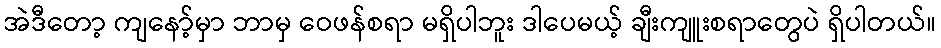
အဲဒီတော့ ကျနော့်မှာ ဘာမှ ဝေဖန်စရာ မရှိပါဘူး ဒါပေမယ့် ချီးကျူးစရာတွေပဲ ရှိပါတယ်။